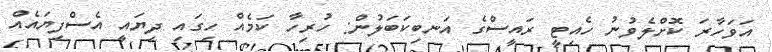
އަވަހާރަ ކޮށްލެވުނު ހެއިޓީ ރައީސްގެ އަނބިކަބަލުން: ހުރިހާ ކަމެއް ހިގައި ދިޔައީ އެސްފިޔައެއް